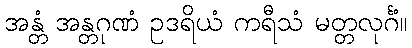
အန္တံ အန္တဂုဏံ ဥဒရိယံ ကရီသံ မတ္တလုင်္ဂံ။